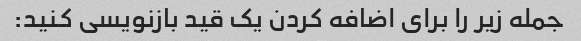
جمله زیر را برای اضافه کردن یک قید بازنویسی کنید: